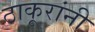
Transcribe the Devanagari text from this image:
ठाकूरांनी